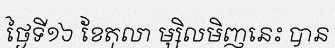
ថ្ងៃទី១៦ ខែតុលា ម្សិលមិញនេះ បាន